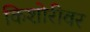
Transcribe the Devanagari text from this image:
किशोरीवर